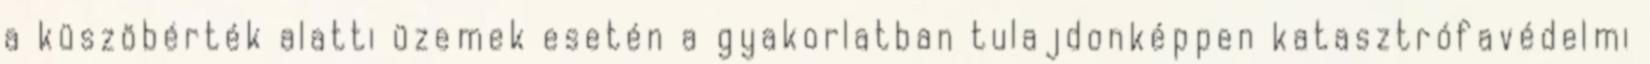
a küszöbérték alatti üzemek esetén a gyakorlatban tulajdonképpen katasztrófavédelmi